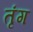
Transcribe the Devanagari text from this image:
तृंग